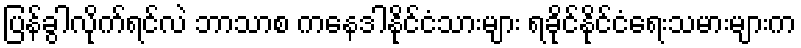
ပြန်ခွါလိုက်ရင်လဲ ဘာသာစ ကနေဒါနိုင်ငံသားများ ရခိုင်နိုင်ငံရေးသမားများက